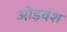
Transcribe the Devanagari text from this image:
ओड्वंश